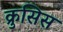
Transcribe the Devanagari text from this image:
क्रुसिस